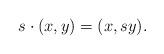
LaTeX: \begin{align*} s \cdot (x, y) = (x, sy).\end{align*}